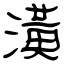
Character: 潢